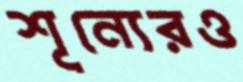
শূন্যেরও